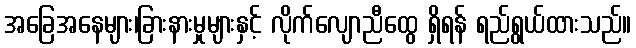
အခြေအနေများ၊ခြားနားမှုများနှင့် လိုက်လျောညီထွေ ရှိရန် ရည်ရွယ်ထားသည်။